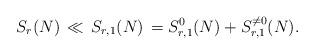
LaTeX: \begin{align*}S_{r}(N)\,\ll \, S_{r,1}(N)\,= S^0_{r,1}(N) + S^{\neq 0}_{r,1}(N).\end{align*}